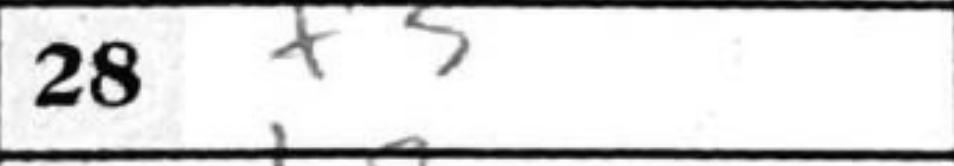
Transcription: f3